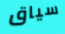
سياق